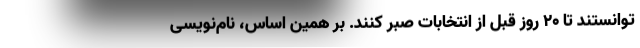
توانستند تا ۲۰ روز قبل از انتخابات صبر کنند. بر همین اساس، نام‌نویسی